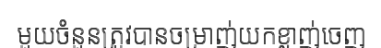
មួយចំនួនត្រូវបានចម្រាញ់យកខ្លាញ់ចេញ